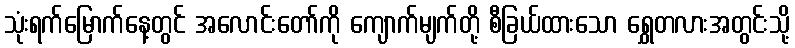
သုံးရက်မြောက်နေ့တွင် အလောင်းတော်ကို ကျောက်မျက်တို့ စီခြယ်ထားသော ရွှေတလားအတွင်းသို့